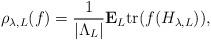
LaTeX: \begin{align*} \rho_{\lambda,L}(f) = \frac{1}{|\Lambda_L|} {\bf E}_L {\rm tr}( f(H_{\lambda,L}) ) ,\end{align*}